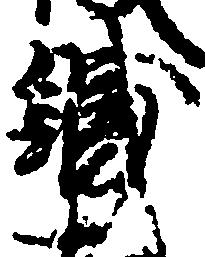
職